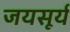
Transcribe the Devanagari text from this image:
जयसूर्य